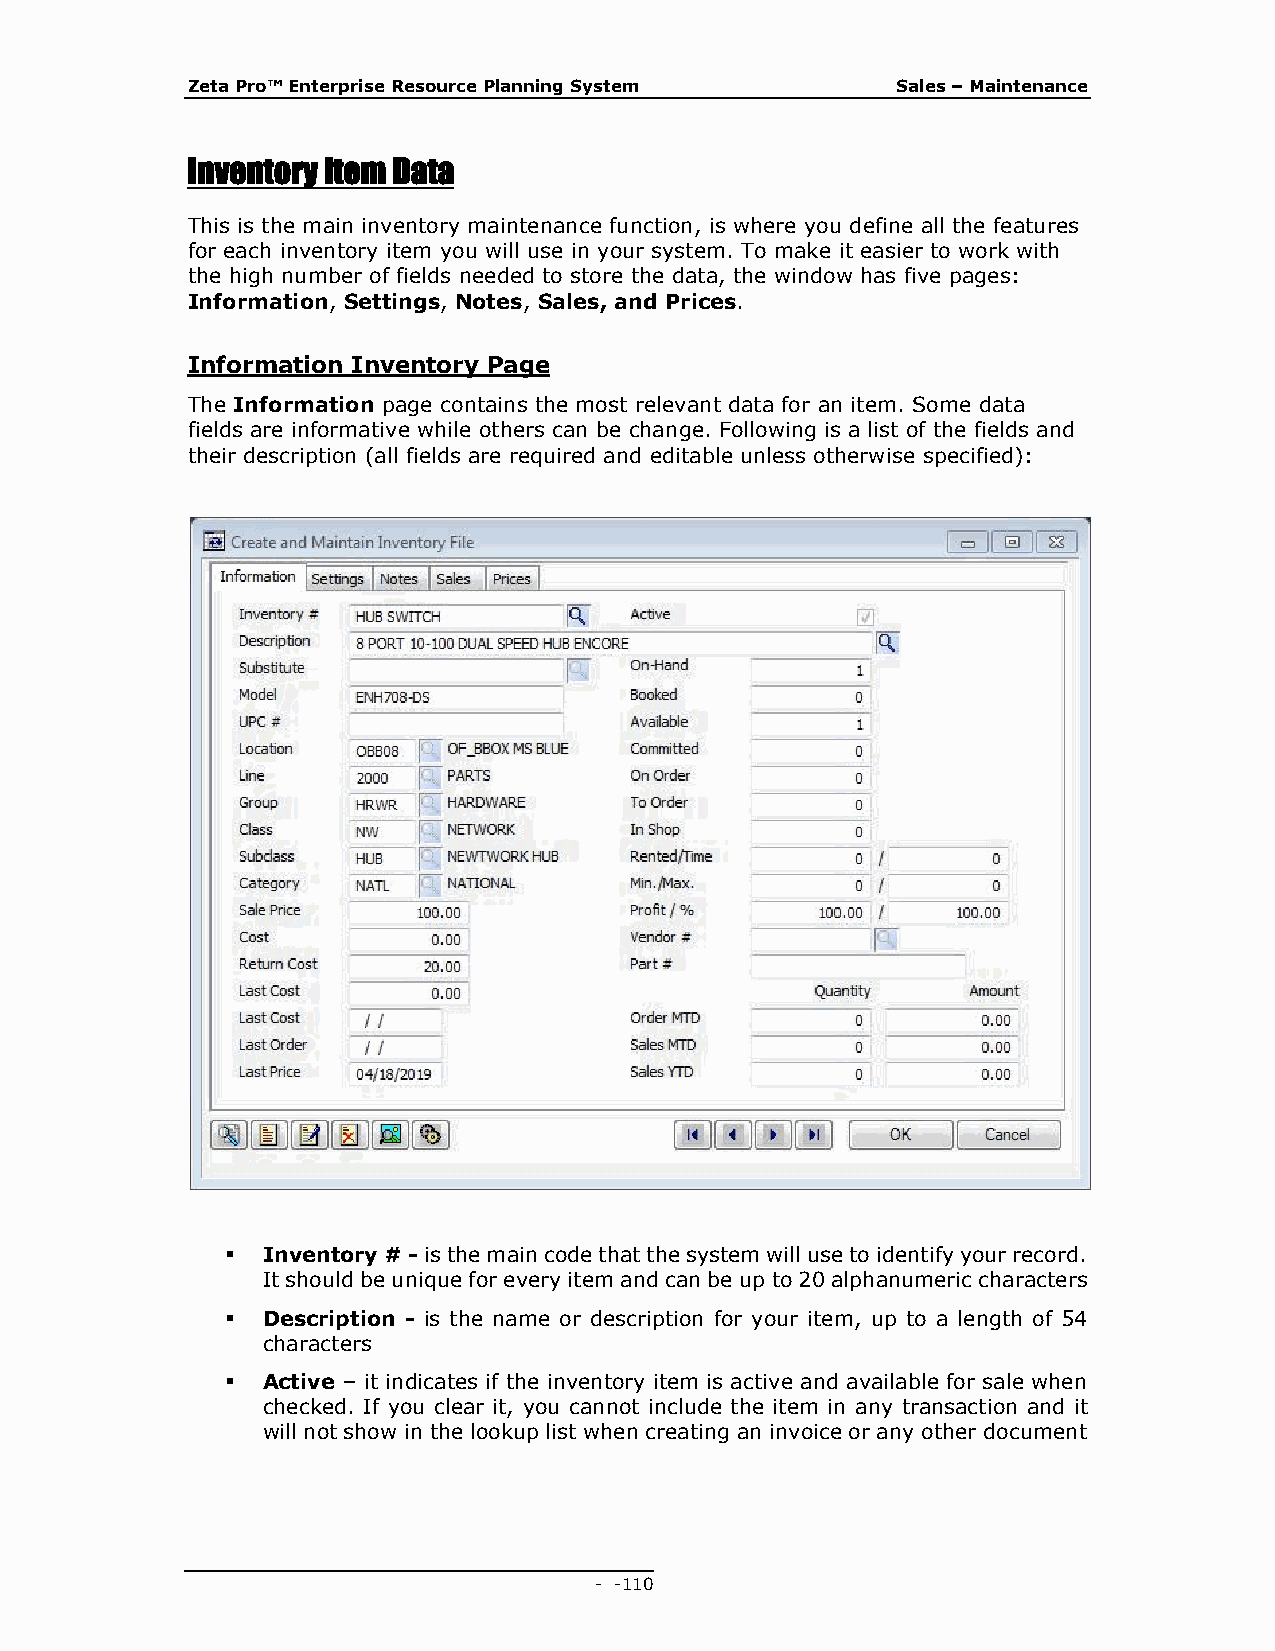
Zeta Pro™ Enterprise Resource Planning System  Sales – Maintenance
 Inventory Item Data
 This is the main inventory maintenance function, is where you define all the features
 for each inventory item you will use in your system. To make it easier to work with
 the high number of fields needed to store the data, the window has five pages:
 Information, Settings, Notes, Sales, and Prices.
 Information Inventory Page
 The Information page contains the most relevant data for an item. Some data
 fields are informative while others can be change. Following is a list of the fields and
 their description (all fields are required and editable unless otherwise specified):
  Inventory # - is the main code that the system will use to identify your record.
 It should be unique for every item and can be up to 20 alphanumeric characters
  Description - is the name or description for your item, up to a length of 54
 characters
  Active – it indicates if the inventory item is active and available for sale when
 checked. If you clear it, you cannot include the item in any transaction and it
 will not show in the lookup list when creating an invoice or any other document
 - - 110